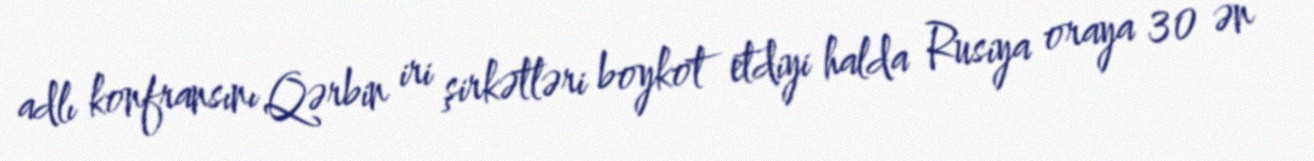
adlı konfransını Qərbin iri şirkətləri boykot etdiyi halda Rusiya oraya 30 ən